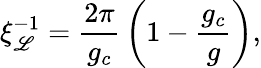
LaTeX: \xi_{\mathscr{L}}^{-1}={\frac{{2\pi}}{{g_{c}}}}\left(1-{\frac{{g_{c}}}{{g}}}\right),